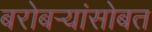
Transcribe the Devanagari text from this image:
बरोबर्‍यांसोबत